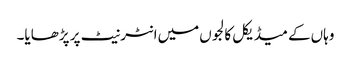
وہاں‌کے میڈیکل کالجوں‌میں‌انٹرنیٹ پر پڑھایا۔